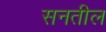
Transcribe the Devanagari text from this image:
सनतील